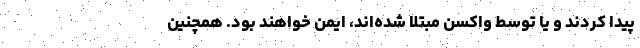
پیدا کردند و یا توسط واکسن مبتلا شده‌اند، ایمن خواهند بود. همچنین